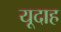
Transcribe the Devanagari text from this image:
यूदाह